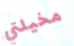
مخيلتي